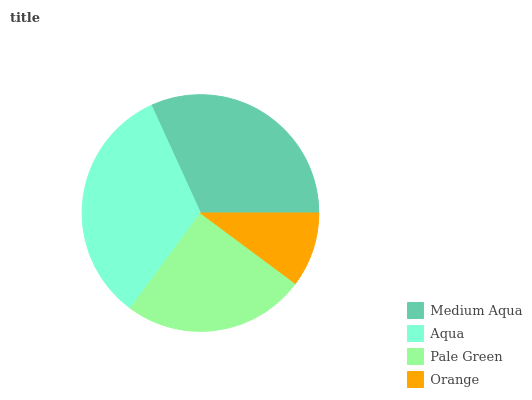
| Medium Aqua | Aqua | Pale Green | Orange |
 | --- | --- | --- | --- |
 | 31.8% | 33.1% | 25% | 10.2% |